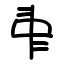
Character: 𠁩